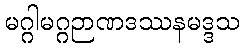
မဂ္ဂါမဂ္ဂဉာဏဒဿနမဒ္ဒသ